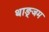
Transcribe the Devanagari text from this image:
थाङ्जम